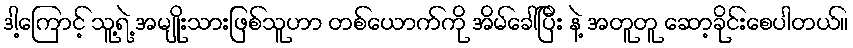
ဒါ့ကြောင့် သူ့ရဲ့ အမျိုးသားဖြစ်သူဟာ တစ်ယောက်ကို အိမ်ခေါ်ပြီး နဲ့ အတူတူ ဆော့ခိုင်းစေပါတယ်။